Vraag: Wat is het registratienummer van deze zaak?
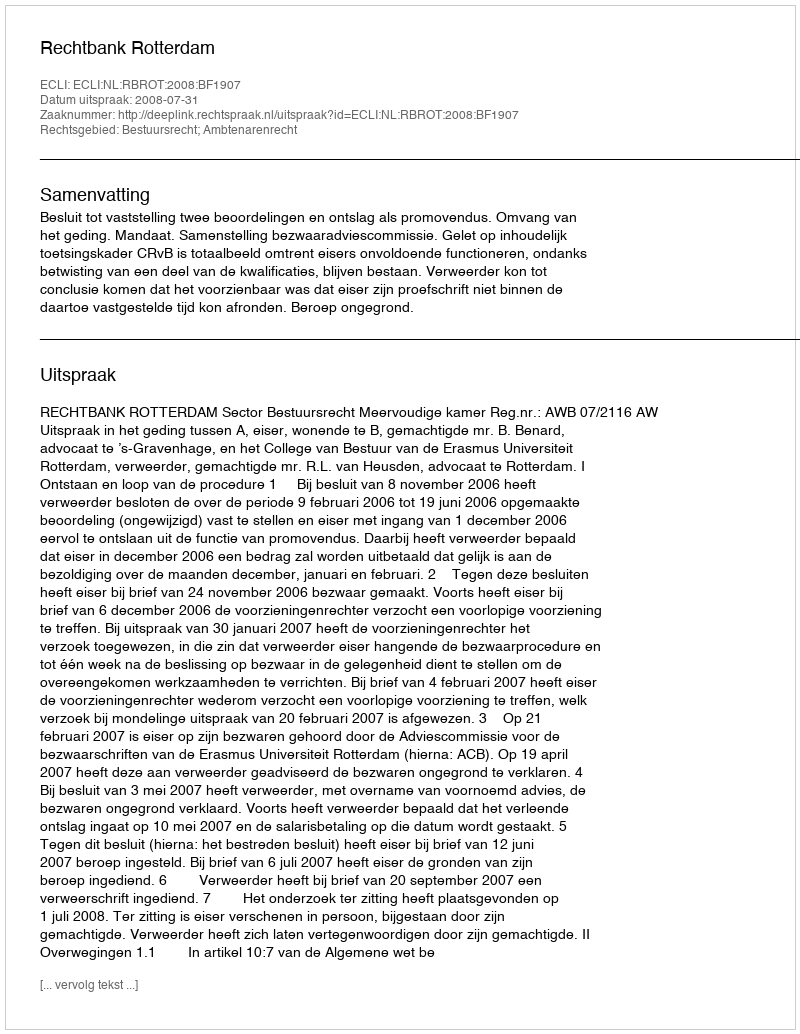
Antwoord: http://deeplink.rechtspraak.nl/uitspraak?id=ECLI:NL:RBROT:2008:BF1907